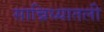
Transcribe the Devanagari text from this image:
सान्निध्यातली